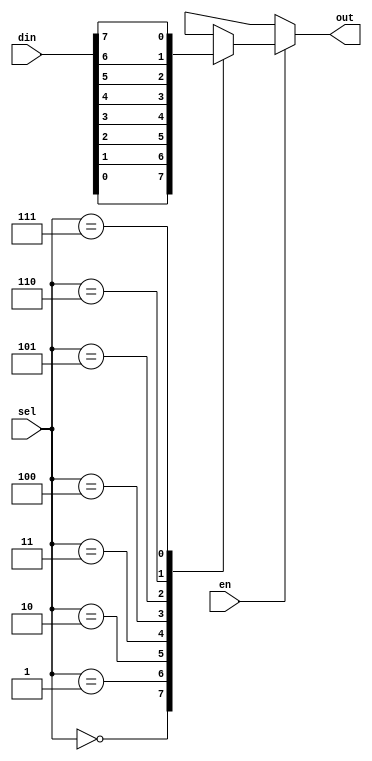
module multi(input[7:0]din,
             input [2:0]sel,
             input en,
             output reg out);
  
  always@(din or sel)begin
    
  
    if(!en)begin
    
      out=1'bx;
  
    end
 
    else
    
      begin  
      
        case(sel)
          3'b000:out=din[0];
          3'b001:out=din[1];
          3'b010:out=din[2];
          3'b011:out=din[3];
          3'b100:out=din[4];
          3'b101:out=din[5];
          3'b110:out=din[6];
          3'b111:out=din[7];

          
          default :out=1'bz;
      
        endcase
    
      end
  
  end
  

endmodule